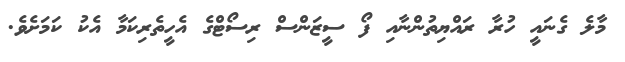
މާލެ ގެނައީ ހުރާ ރައްޔިތުންނާއި ފޯ ސީޒަންސް ރިސޯޓްގެ އެހީތެރިކަމާ އެކު ކަމަށެވެ.